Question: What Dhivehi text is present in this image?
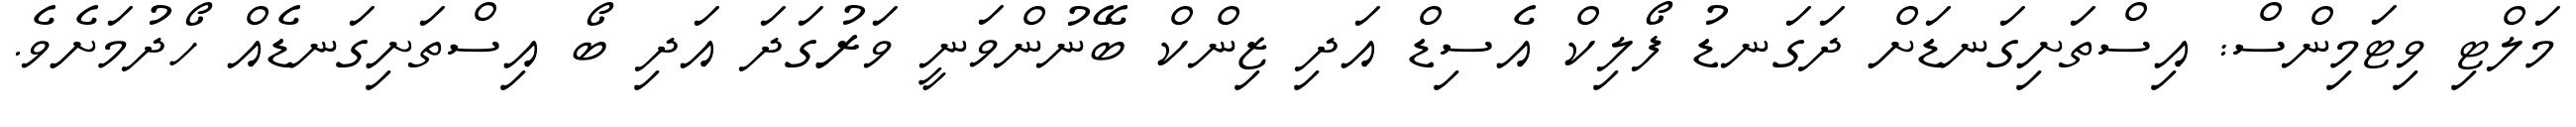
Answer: މަލްޓި ވިޓަމިންސް: އިސްތަށިގަނޑަށް ދަގަނޑު ފޯލިކް އެސިޑް އަދި ޒިންކް ބޭނުންވަނީ ވަރުގަދަ އަދި ބޯ އިސްތަށިގަނޑެއް ހޯދުމަށެވެ.